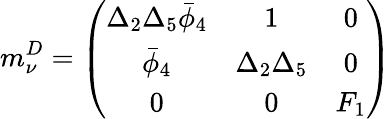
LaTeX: m_{\nu}^{D}=\left(\begin{array}{ccc}{{\Delta_{2}\Delta_{5}\bar{\phi}_{4}}}&{{1}}&{{0}}\\ {{\bar{\phi}_{4}}}&{{\Delta_{2}\Delta_{5}}}&{{0}}\\ {{0}}&{{0}}&{{F_{1}}}\end{array}\right)